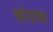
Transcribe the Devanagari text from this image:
बांधास